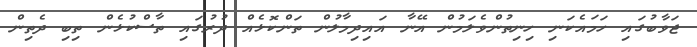
ޖަވާބުގައި ހަމައެކަނި ހިނިތުންވެލަމުން އޭނާ އައިދިމާލުން ތަންކޮޅެއް ދުރުގައި ތާސްކުޅެން ތިބި ދެތިން